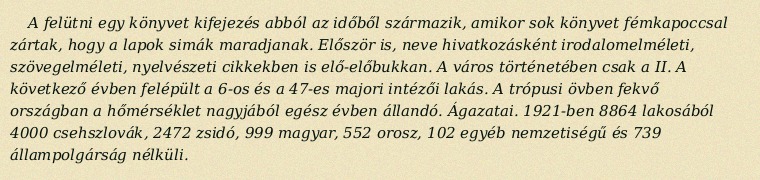
A felütni egy könyvet kifejezés abból az időből származik, amikor sok könyvet fémkapoccsal zártak, hogy a lapok simák maradjanak. Először is, neve hivatkozásként irodalomelméleti, szövegelméleti, nyelvészeti cikkekben is elő-előbukkan. A város történetében csak a II. A következő évben felépült a 6-os és a 47-es majori intézői lakás. A trópusi övben fekvő országban a hőmérséklet nagyjából egész évben állandó. Ágazatai. 1921-ben 8864 lakosából 4000 csehszlovák, 2472 zsidó, 999 magyar, 552 orosz, 102 egyéb nemzetiségű és 739 állampolgárság nélküli.